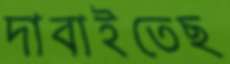
দাবাইতেছ